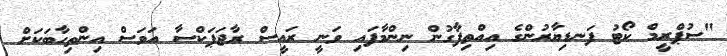
"ސުޕްރީމް ކޯޓު ފަނޑިޔާރުންގެ އިއްތިފާގުން ނިންމާފައި ވަނީ ރައީސް ރާޖަޕަކްސާ އަވަސް އިންތިހާބަކަށް